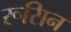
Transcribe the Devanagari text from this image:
रूसिन